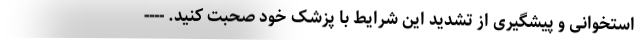
استخوانی و پیشگیری از تشدید این شرایط با پزشک خود صحبت کنید. ----